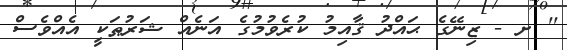
'' ށ - ޒިނޭގެ ޙައްދު ޤާއިމު ކުރެވުމުގެ އަނެއް ޝަރުޠަކީ އެއްވެސް